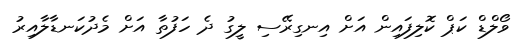
ވޯލްޑް ކަޕް ކޮލިފައިން އަށް އިނގިރޭސި ލީގު ދެ ހަފުތާ އަށް މެދުކަނޑާލާއިރު